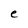
Character: e